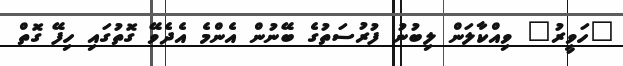
"ހަވީރު" ވިއްކާލަން ލިބުނު ފުރުސަތުގެ ބޭނުން އެންމެ އެދެވޭ ގޮތުގައި ހިފޭ ގޮތް